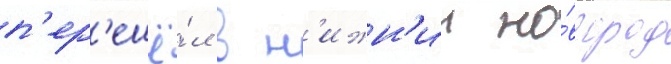
п'ер'ешё́л в н'ижн'ии но́вгород